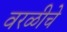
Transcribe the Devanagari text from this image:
वरळीचे